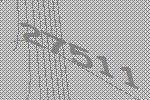
27511